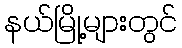
နယ်မြို့များတွင်